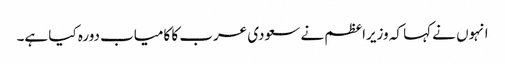
انہوں نے کہا کہ وزیراعظم نے سعودی عرب کا کامیاب دورہ کیا ہے۔